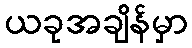
ယခုအချိန်မှာ